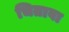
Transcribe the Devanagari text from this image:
चितावा